Document type: Sale
Year: 1439
Scribe: Arnau d'Illes
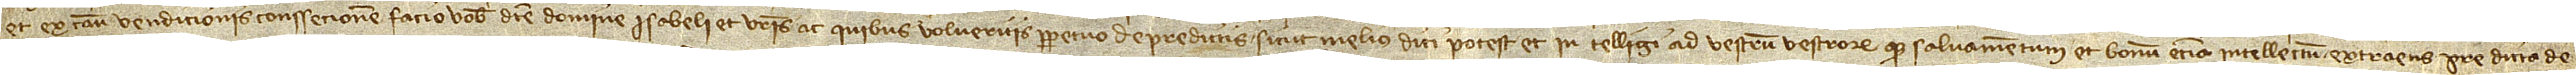
et ex causa venditionis conssecionem facio vobis dicte domine Isabeli et vestris ac quibus volueritis perpetuo de predictis, sicut melius dici potest et intelligi ad vestrum vestrorumque salvamentum et bonum etiam intellectum, extraens predicta de